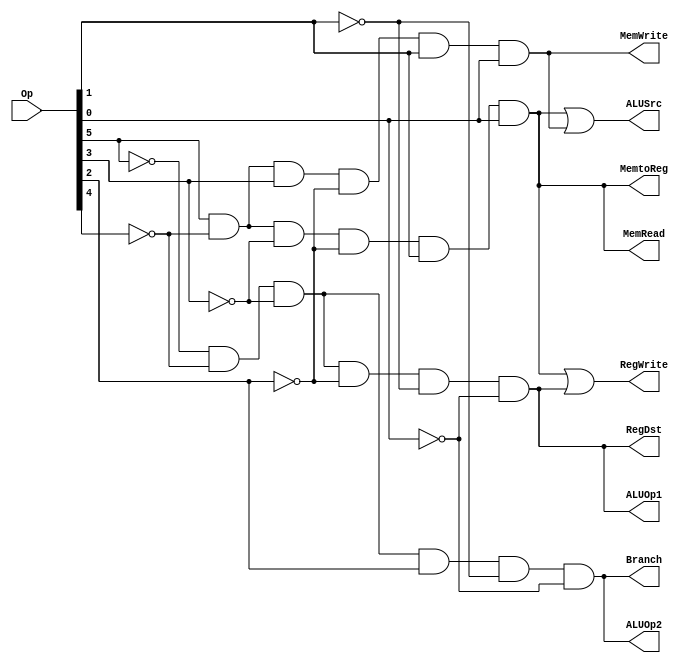
module ANDarray (RegDst,ALUSrc, MemtoReg, RegWrite, MemRead, MemWrite,Branch,ALUOp1,ALUOp2,Op); 
input [5:0] Op; 
output RegDst,ALUSrc,MemtoReg, RegWrite, MemRead, MemWrite,Branch,ALUOp1,ALUOp2;  
wire Rformat, lw,sw,beq;  
assign Rformat= (~Op[5])& (~Op[4])& (~Op[3])& (~Op[2])& (~Op[1])& (~Op[0]);
assign lw = (Op[5])& (~Op[4])& (~Op[3])& (~Op[2])& (Op[1])& (Op[0]);
assign sw = (Op[5])& (~Op[4])& (Op[3])& (~Op[2])& (Op[1])& (Op[0]);
assign beq = (~Op[5])& (~Op[4])& (~Op[3])& (Op[2])& (~Op[1])& (~Op[0]);
assign RegDst=Rformat;
assign ALUSrc = lw | sw;
assign MemRead = lw;
assign MemWrite = sw;
assign MemtoReg =  lw;
assign RegWrite = lw | Rformat;
assign Branch = beq;
assign ALUOp1 = Rformat;
assign ALUOp2 = beq;
endmodule

module tb;
wire RegDst,ALUSrc,MemtoReg, RegWrite, MemRead, MemWrite,Branch,ALUOp1,ALUOp2; 
reg [5:0] Op;

ANDarray a1(RegDst,ALUSrc, MemtoReg, RegWrite, MemRead, MemWrite,Branch,ALUOp1,ALUOp2,Op);

initial
$monitor(,$time,"Op=%b RegDst=%b ALUSrc=%b MemtoReg=%b RegWrite=%b MemRead=%b MemWrite=%b Branch=%b ALUOp1=%b ALUOp2=%b",Op,RegDst,ALUSrc, MemtoReg, RegWrite, MemRead, MemWrite,Branch,ALUOp1,ALUOp2);

initial
begin 
Op = 6'b000000;
#100 Op = 6'b101010;
#200 Op = 6'b010101;
#300 $finish;
end 
endmodule